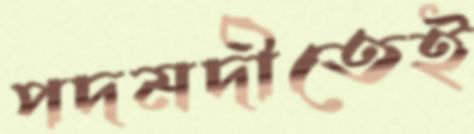
পদমদীতেই